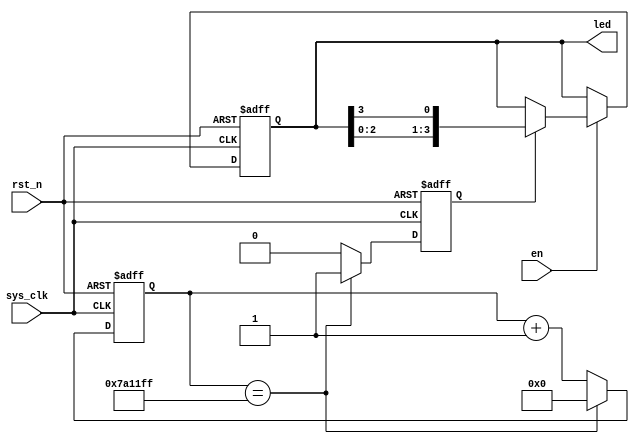
module Flow_LED #(parameter overflow_val = 25'd7_999_999)
(
    input  wire     sys_clk, 
    input  wire     rst_n,   // 
    input  wire     en,      //
    output reg[3:0] led               
);  
    reg [24:0] cnt_val;
    reg flag;
    
    always @(posedge sys_clk, negedge rst_n) begin
        if(rst_n == 1'b0) 
            cnt_val <= 25'd0;
        else begin
            if(cnt_val == overflow_val)
                cnt_val <= 25'd0;
            else
                cnt_val <= cnt_val + 25'd1;
        end
    end

       
    always @(posedge sys_clk, negedge rst_n) begin
        if(rst_n == 1'b0) 
            flag <= 1'b0;
        else if(cnt_val == overflow_val)
            flag <= 1'b1;
        else    
            flag <= 1'b0;
    end
    
    
    always @(posedge sys_clk, negedge rst_n) begin
        if(rst_n == 1'b0) 
            led <= 4'b1000;
        else if(en == 1'b0)
            led <= led;
        else if(flag == 1'b1)
            led <= {led[2:0], led[3]};
        else    
            led <= led;
    end
    
endmodule